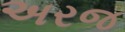
અરજ